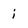
Character: i